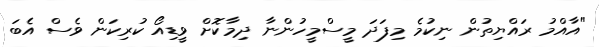
"އާއްމު ރައްޔިތުން ނިކުމެ މިފަދަ މީސްމީހުންނާ ދިމާކޮށް ވީޑިއޯ ކުރިކަން ވެސް އެބަ